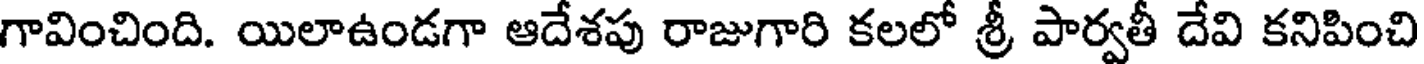
గావించింది. యిలాఉండగా ఆదేశపు రాజుగారి కలలో శ్రీ పార్వతీ దేవి కనిపించి